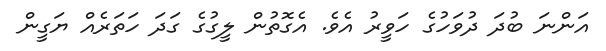
އަންނަ ބުދަ ދުވަހުގެ ހަވީރު އެވެ. އެގޮތުން ލީގުގެ ގަދަ ހަތަރެއް ޔަގީން